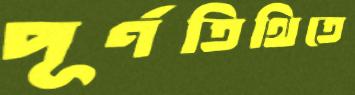
পূর্ণতিথিতে